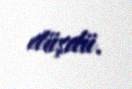
düşdü.